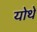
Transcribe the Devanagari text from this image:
योथे